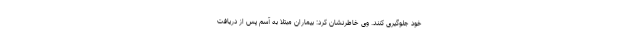
خود جلوگیری کنند. وی خاطرنشان کرد: بیماران مبتلا به آسم پس از دریافت